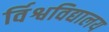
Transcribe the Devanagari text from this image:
र्विश्वविद्यालय